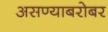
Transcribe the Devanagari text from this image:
असण्याबरोबर